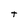
Character: t